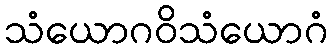
သံယောဂဝိသံယောဂံ